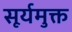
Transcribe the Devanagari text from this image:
सूर्यमुक्त